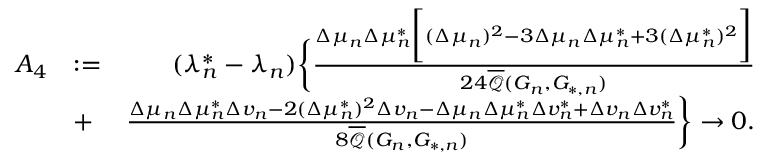
\begin{array} { r l r } { A _ { 4 } } & { : = } & { ( \lambda _ { n } ^ { * } - \lambda _ { n } ) \biggr \{ \frac { \Delta \mu _ { n } \Delta \mu _ { n } ^ { * } \biggr [ ( \Delta \mu _ { n } ) ^ { 2 } - 3 \Delta \mu _ { n } \Delta \mu _ { n } ^ { * } + 3 ( \Delta \mu _ { n } ^ { * } ) ^ { 2 } \biggr ] } { 2 4 \overline { { \mathcal { Q } } } ( G _ { n } , G _ { * , n } ) } } \\ & { + } & { \frac { \Delta \mu _ { n } \Delta \mu _ { n } ^ { * } \Delta v _ { n } - 2 ( \Delta \mu _ { n } ^ { * } ) ^ { 2 } \Delta v _ { n } - \Delta \mu _ { n } \Delta \mu _ { n } ^ { * } \Delta v _ { n } ^ { * } + \Delta v _ { n } \Delta v _ { n } ^ { * } } { 8 \overline { { \mathcal { Q } } } ( G _ { n } , G _ { * , n } ) } \biggr \} \to 0 . } \end{array}